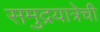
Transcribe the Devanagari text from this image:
समुद्रयात्रेची